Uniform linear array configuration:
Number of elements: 8
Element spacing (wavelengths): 0.25
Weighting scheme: blackman
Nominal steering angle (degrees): -45
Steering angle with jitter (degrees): -44.66
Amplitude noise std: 0.05
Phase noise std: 0.05

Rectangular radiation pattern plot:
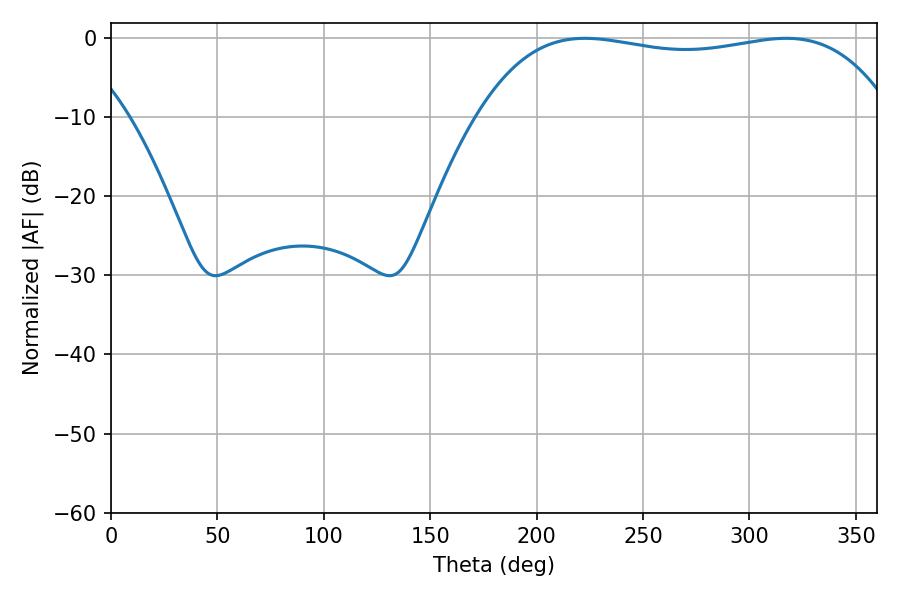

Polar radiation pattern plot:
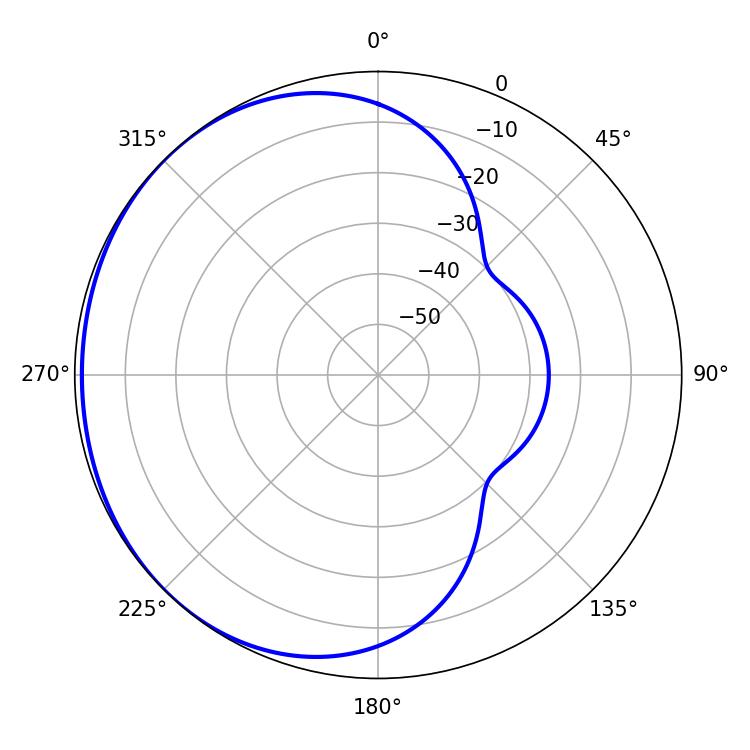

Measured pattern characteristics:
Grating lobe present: FALSE
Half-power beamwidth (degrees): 155.88
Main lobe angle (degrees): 222.66